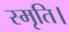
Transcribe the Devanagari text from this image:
स्मृति।